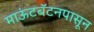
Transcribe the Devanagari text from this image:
माऊंटबॅटनपासून